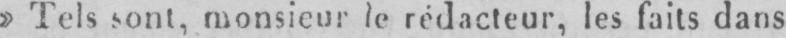
»Tels sont, monsieur, le rédacteur, les faits dans